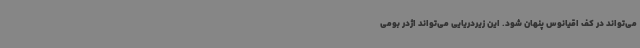
می‌تواند در کف اقیانوس پنهان شود. این زیردریایی می‌تواند اژدر بومی